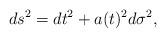
LaTeX: \begin{align*}ds^2 = dt^2 + a(t)^2 d\sigma^2, \end{align*}